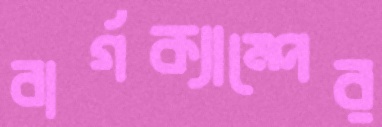
বার্গক্যাম্পের